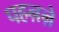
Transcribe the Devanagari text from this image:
पहऩऩे